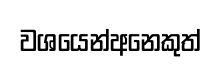
වශයෙන්අනෙකුත්